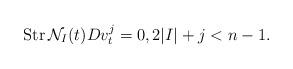
LaTeX: \begin{align*}{\rm Str}\,\mathcal N_{I}(t)Dv_t^j=0,2|I|+j<n-1. \end{align*}